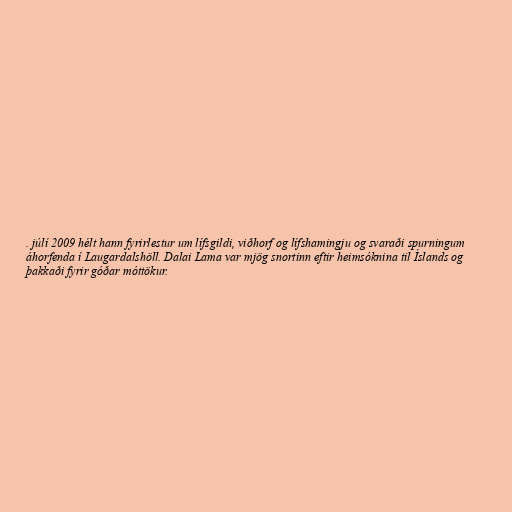
. júlí 2009 hélt hann fyrirlestur um lífsgildi, viðhorf og lífshamingju og svaraði spurningum
áhorfenda í Laugardalshöll. Dalai Lama var mjög snortinn eftir heimsóknina til Íslands og
þakkaði fyrir góðar móttökur.